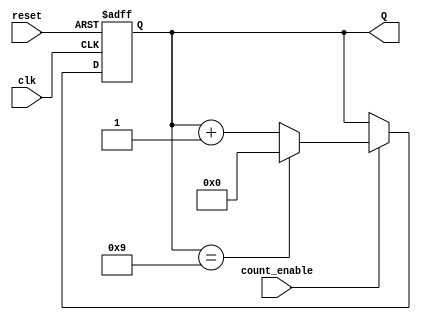
module BCD_Asynchronous_Counter (
    input wire clk,            // Clock input
    input wire reset,          // Asynchronous reset input
    input wire count_enable,   // Count enable input
    output reg [3:0] Q         // 4-bit output representing BCD value
);

    // Asynchronous reset and counting logic
    always @(posedge clk or posedge reset) begin
        if (reset) begin
            Q <= 4'b0000; // Reset the counter to 0000
        end else if (count_enable) begin
            if (Q == 4'b1001) begin
                Q <= 4'b0000; // Reset to 0000 when reaching 10
            end else begin
                Q <= Q + 1; // Increment the counter
            end
        end
    end

endmodule